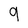
Character: 9